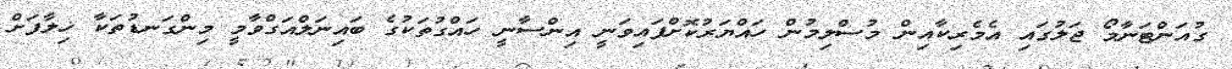
ގުއަންޓަނާމޯ ޖަލުގައި އެމެރިކާއިން މުސްލިމުން ހައްޔަރުކޮށްފައިވަނީ އިންސާނީ ހައްގުތަކުގެ ބައިނަލްއަގްވާމީ މިންގަނޑުތަކާ ޚިލާފަށް